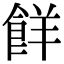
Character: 䬺